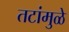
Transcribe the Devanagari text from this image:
तटांमुळे